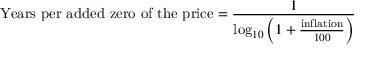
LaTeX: { \mathrm { Y e a r s ~ p e r ~ a d d e d ~ z e r o ~ o f ~ t h e ~ p r i c e } } = { \frac { 1 } { \log _ { 1 0 } \left( 1 + { \frac { \mathrm { i n f l a t i o n } } { 1 0 0 } } \right) } }